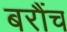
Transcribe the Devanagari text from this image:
बरौंच